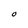
Character: O